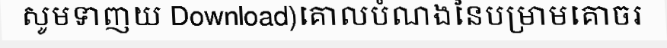
សូមទាញយ Download)គោលបំណងនៃបម្រាមគោចរ